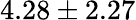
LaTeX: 4.28\pm 2.27